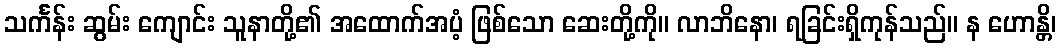
သင်္ကန်း ဆွမ်း ကျောင်း သူနာတို့၏ အထောက်အပံ့ ဖြစ်သော ဆေးတို့ကို။ လာဘိနော၊ ရခြင်းရှိကုန်သည်။ န ဟောန္တိ၊